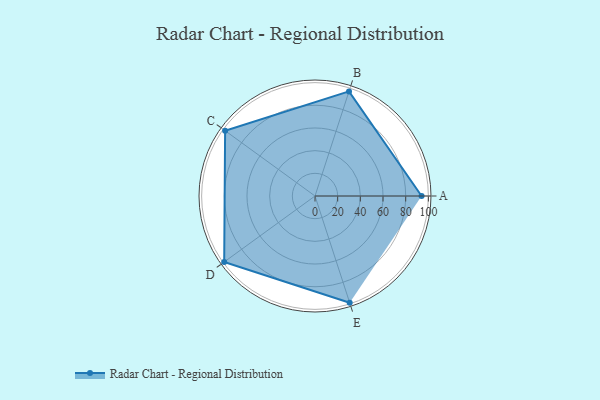
{"axis": {"x": "Skill", "y": "Score"}, "legend": ["Profile"], "data": [{"x": "A", "y": 94.0, "type": "Profile"}, {"x": "B", "y": 97.0, "type": "Profile"}, {"x": "C", "y": 98.0, "type": "Profile"}, {"x": "D", "y": 99, "type": "Profile"}, {"x": "E", "y": 99, "type": "Profile"}]}